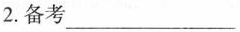
2.备考___